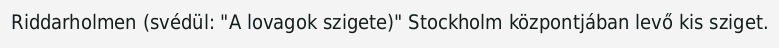
Riddarholmen (svédül: "A lovagok szigete)" Stockholm központjában levő kis sziget.